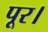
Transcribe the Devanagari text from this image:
पूर।